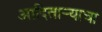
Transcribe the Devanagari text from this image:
आदितार्‍याचा